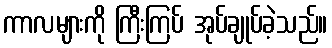
ကာလများကို ကြီးကြပ် အုပ်ချုပ်ခဲ့သည်။